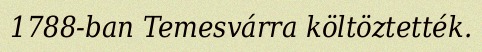
1788-ban Temesvárra költöztették.